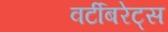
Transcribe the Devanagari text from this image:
वर्टीबरेट्स